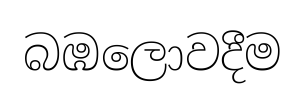
බඹලොවදීම